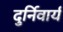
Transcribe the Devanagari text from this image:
दुर्निवार्य